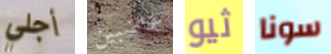
أجلي غاضبين ثيو سونا